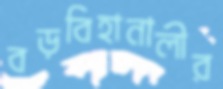
বড়বিহানালীর